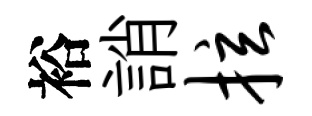
裕誚拉